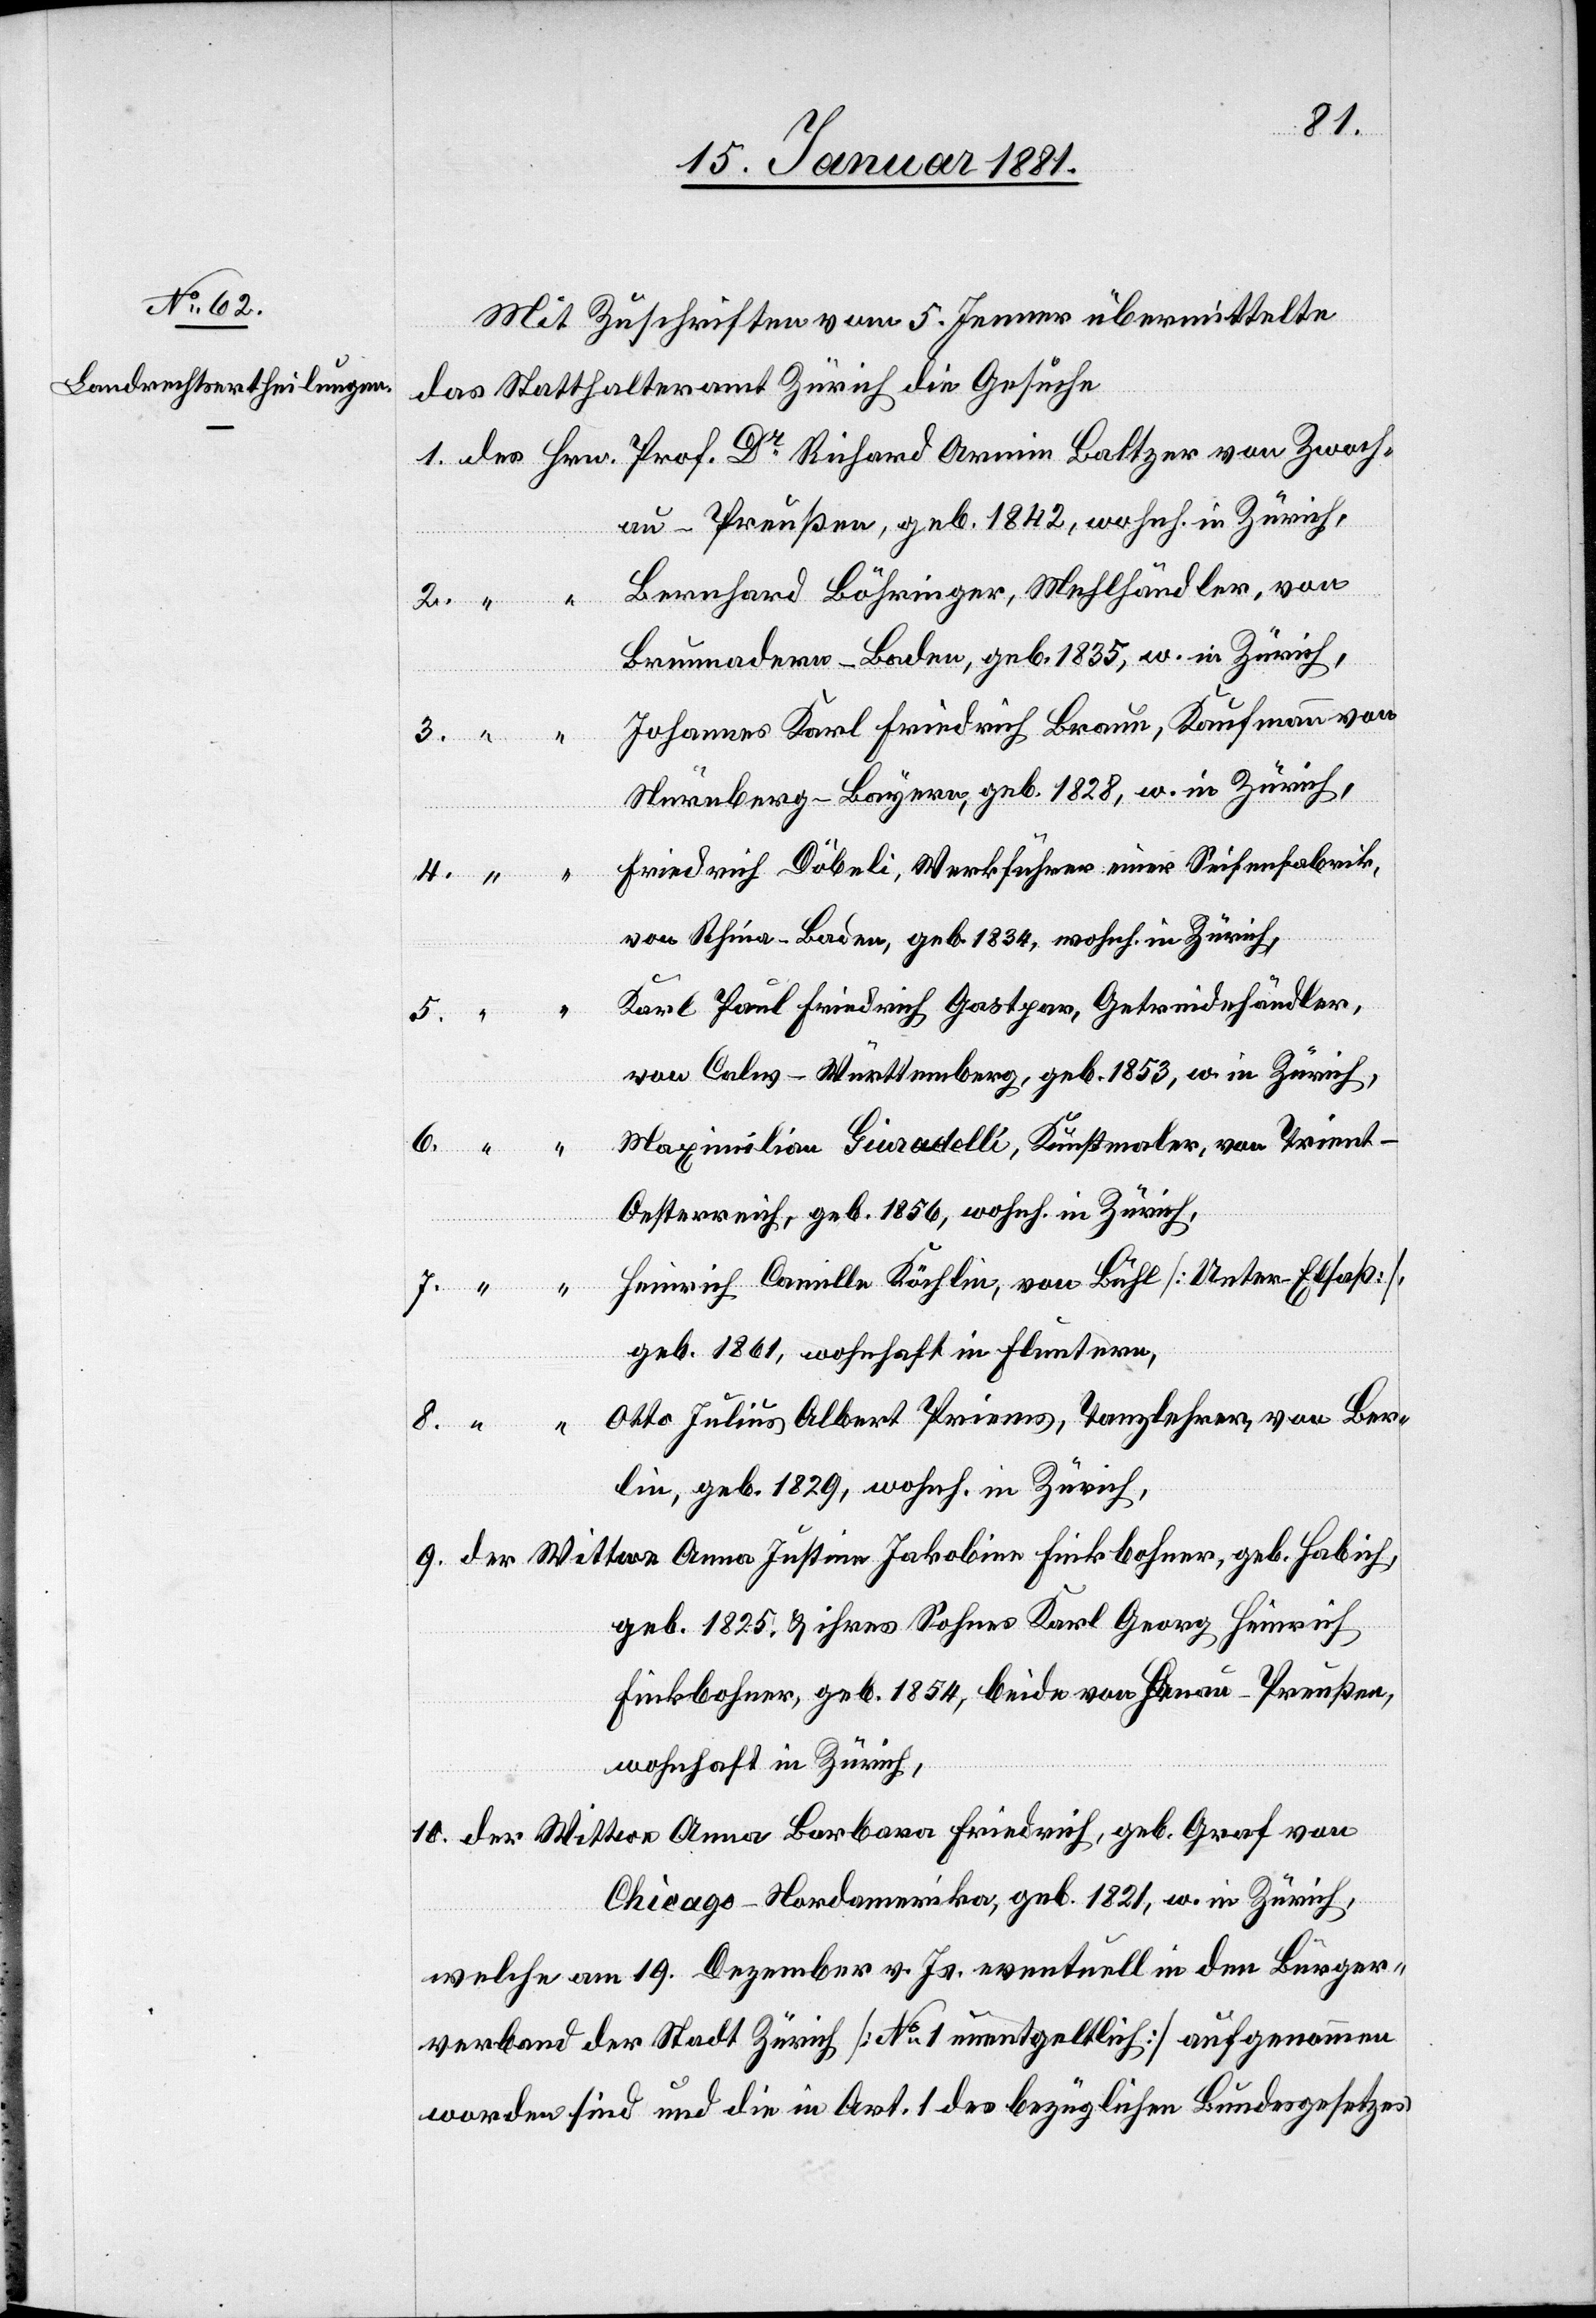
10.
Mit Zuschriften am 5. Jenner übermittelte
das Statthalteramt Zürich die Gesuche
au - Preußen, geb. 1842, wohnh. in Zürich,
Bernhard Böhringer, Mehlhändler, von
Graf von
Brunnadern - Baden, geb. 1835, w. in Zürich,
Johannes Karl Friedrich Braun, Kaufmann von
Nürnberg - Bayern, geb. 1828, w. in Zürich,
Friedrich Döbeli, Werkführer einer Seifenfabrik,
des
von Rhina - Baden, geb. 1834, wohnh. in Zürich,
Karl Pal Friedrich Gastpar, Getreidehändler,
5.
von Calw - Württemberg, geb. 1853, w. in Zürich,
Maximilian Giardelli, Kunstmaler, von Trient -
9.
Oesterreich, geb. 1856, wohnh. in Zürich,
Heinrich Camille Köchlin, von Bühl [Unter-Elsaß]
geb.
geb. 1861, wohnhaft in Fluntern,
Otto Julius Albert Priems, Tanzlehrer, von Ber¬
lin, geb. 1829, wohnh. in Zürich,
geb. 1825. & ihres Sohnes Karl Georg Heinrich
Finkbohner, geb. 1854, beide von Henau - Preußen,
wohnhaft in Zürich,
Chicago - Nordamerika, geb. 1821, w. in Zürich,
welche am 19. Dezember v. Js. eventuell in den Bürger¬
verband der Stadt Zürich [No 1 unentgeltlich] aufgenommen
worden sind und die in Art. 1 des bezüglichen Bundesgesetzes